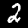
Label: 2